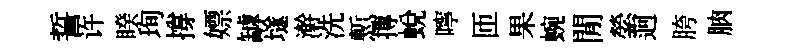
誓许睽珣撐嫖罅𡑞澣洗慙摶蜕嚀匝果蜿閒縈迥胯朒